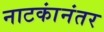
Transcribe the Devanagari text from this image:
नाटकांनंतर